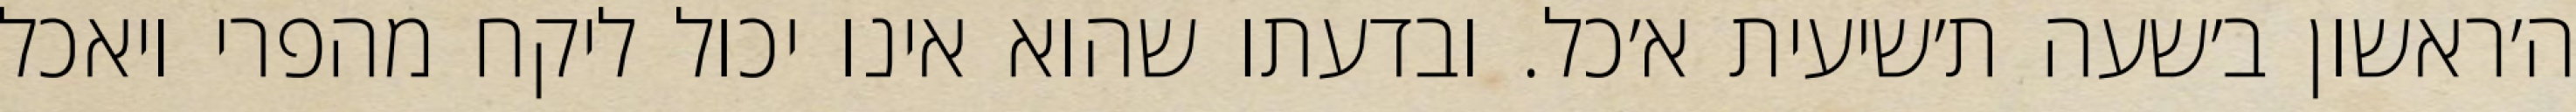
ה׳ראשון ב׳שעה ת׳שיעית א׳כל. ובדעתו שהוא אינו יכול ליקח מהפרי ויאכל